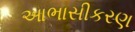
આભાસીકરણ